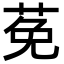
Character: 莬